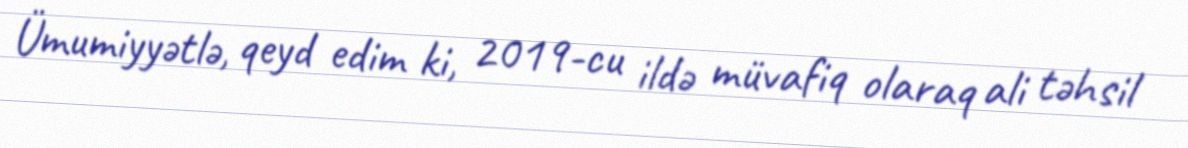
Ümumiyyətlə, qeyd edim ki, 2019-cu ildə müvafiq olaraq ali təhsil